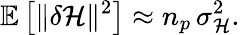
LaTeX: \mathbb{E}\left[\lVert\delta\mathcal{H}\rVert^{2}\right]\approx n_{p}\, \sigma_{\mathcal{H}}^{2}.